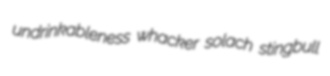
undrinkableness whacker solach stingbull